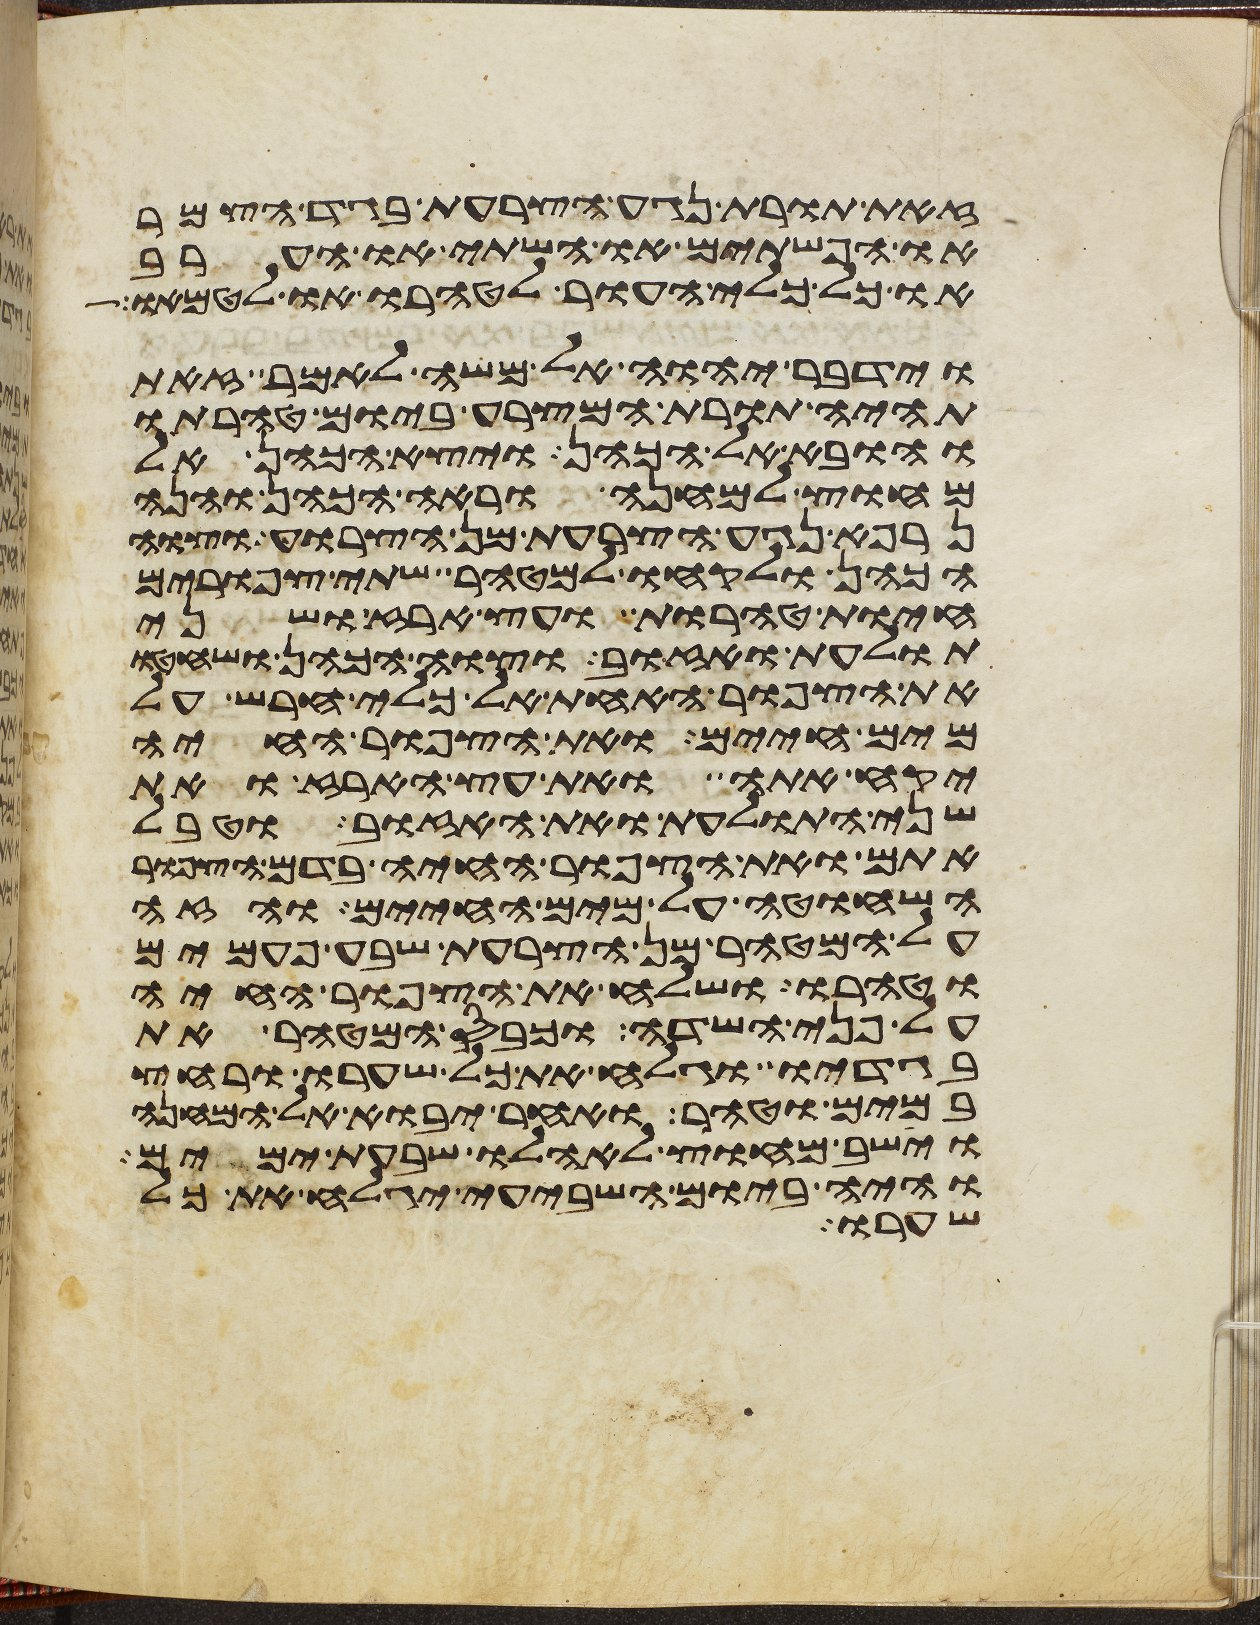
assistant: זאת תורת נגע הצרעת בגד הצמר
או הפשתים או השתי או הערב
או כל כלי העור לטהרו או לטמאו
וידבר יהוה אל משה לאמר זאת
תהיה תורת המצרע ביום טהרתו
והובא אל הכהן ויצא הכהן אל
מחוץ למחנה וראה הכהן והנה
נרפא נגע הצרעת מן הצרוע וצוה
הכהן ולקחו למטהר שתי צפורים
חיות טהרות ועץ ארז ושני
תולעת ואזוב וצוה הכהן ושחטו
את הצפור האחת אל כלי חרש על
מים חיים ואת הצפור החיה
יקח אתה ואת עץ הארז ואת
שני התולעת ואת האזוב וטבל
אתם ואת הצפור החיה בדם הצפור
השחוטה על מים החיים והזה
על המטהר מן הצרעת שבע פעמים
וטהרו ושלח את הצפור החיה
על פני השדה וכבס המטהר את
בגדיו וגלח את כל שערו ורחץ
במים וטהר ואחר יבוא אל המחנה
וישב מחוץ לאהלו שבעת ימים
והיה ביום השביעי יגלח את כל
שערו